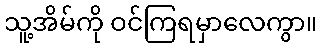
သူ့အိမ်ကို ဝင်ကြရမှာလေကွာ။